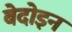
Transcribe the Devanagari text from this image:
बेदोइन